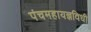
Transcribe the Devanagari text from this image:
पंचमहायज्ञविधी